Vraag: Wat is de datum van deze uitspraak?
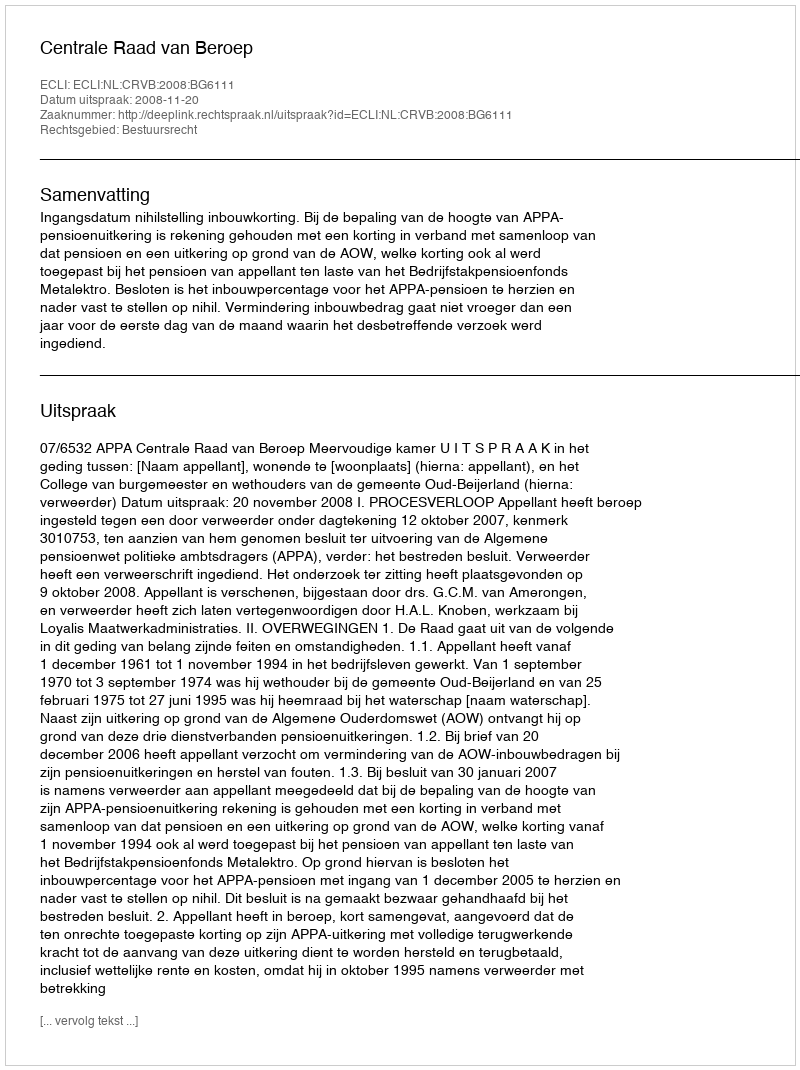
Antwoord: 2008-11-20